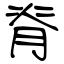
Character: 脊